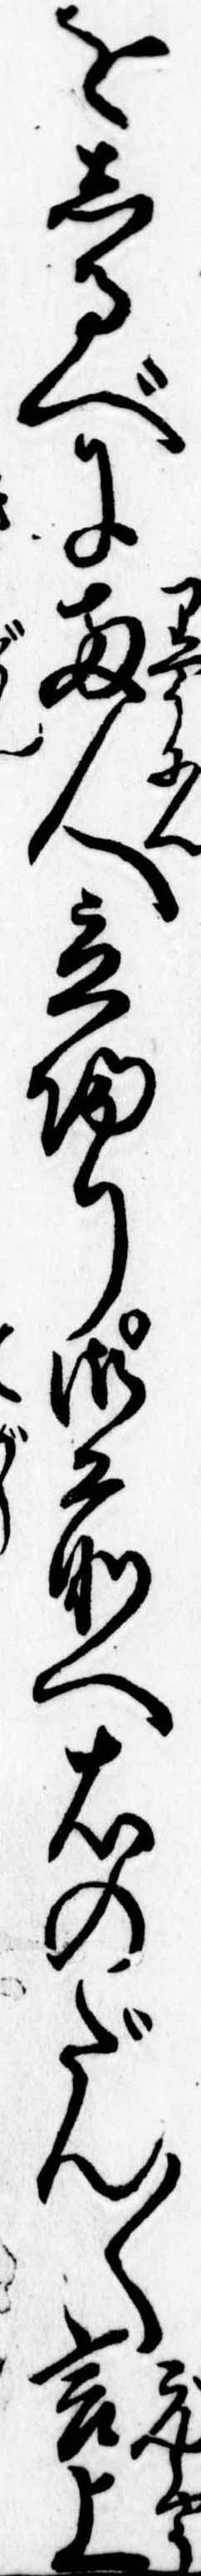
をしるべに両人立帰り御前へ右のだん〱言上